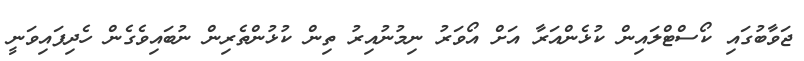
ޖަވާބުގައި ކޯސްޓްލައިންް ކުޅެންއަރާ އަަށް އޯވަރު ނިމުނުއިރު ތިން ކުޅުންތެރިން ނުބައިވެގެން ހެދިފައިވަނީ